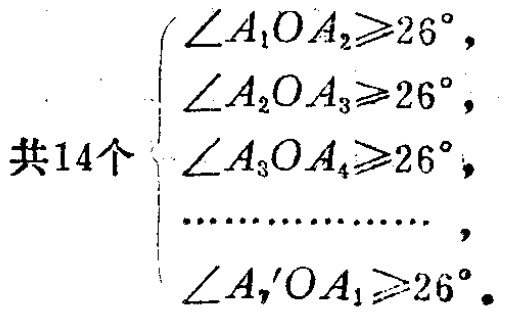
共14个$\begin{cases}

\angle A_{1}OA_{2}\geqslant26^{\circ}, \\

\angle A_{2}OA_{3}\geqslant26^{\circ}, \\

\angle A_{3}OA_{4}\geqslant26^{\circ}, \\

\cdots\cdots\cdots\cdots\cdots, \\

\angle A_{7^{ ' }}OA_{1}\geqslant26^{\circ}.

\end{cases}$